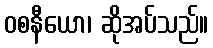
ဝစနီယော၊ ဆိုအပ်သည်။